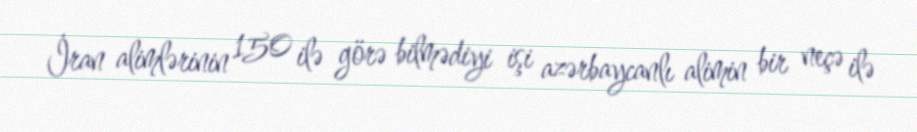
İran alimlərinin 150 ilə görə bilmədiyi işi azərbaycanlı alimin bir neçə ilə